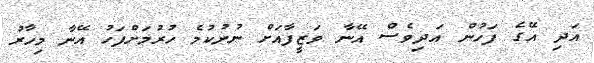
އަދި އޭގެ ފަހުން އަދިވެސް އޭނާ ވަޒީފާއަށް ނުނުކުމެ ހުރުމަށްފަހު އޭނާ މިހާރު